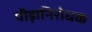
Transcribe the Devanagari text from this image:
पीड़ानिरोधक